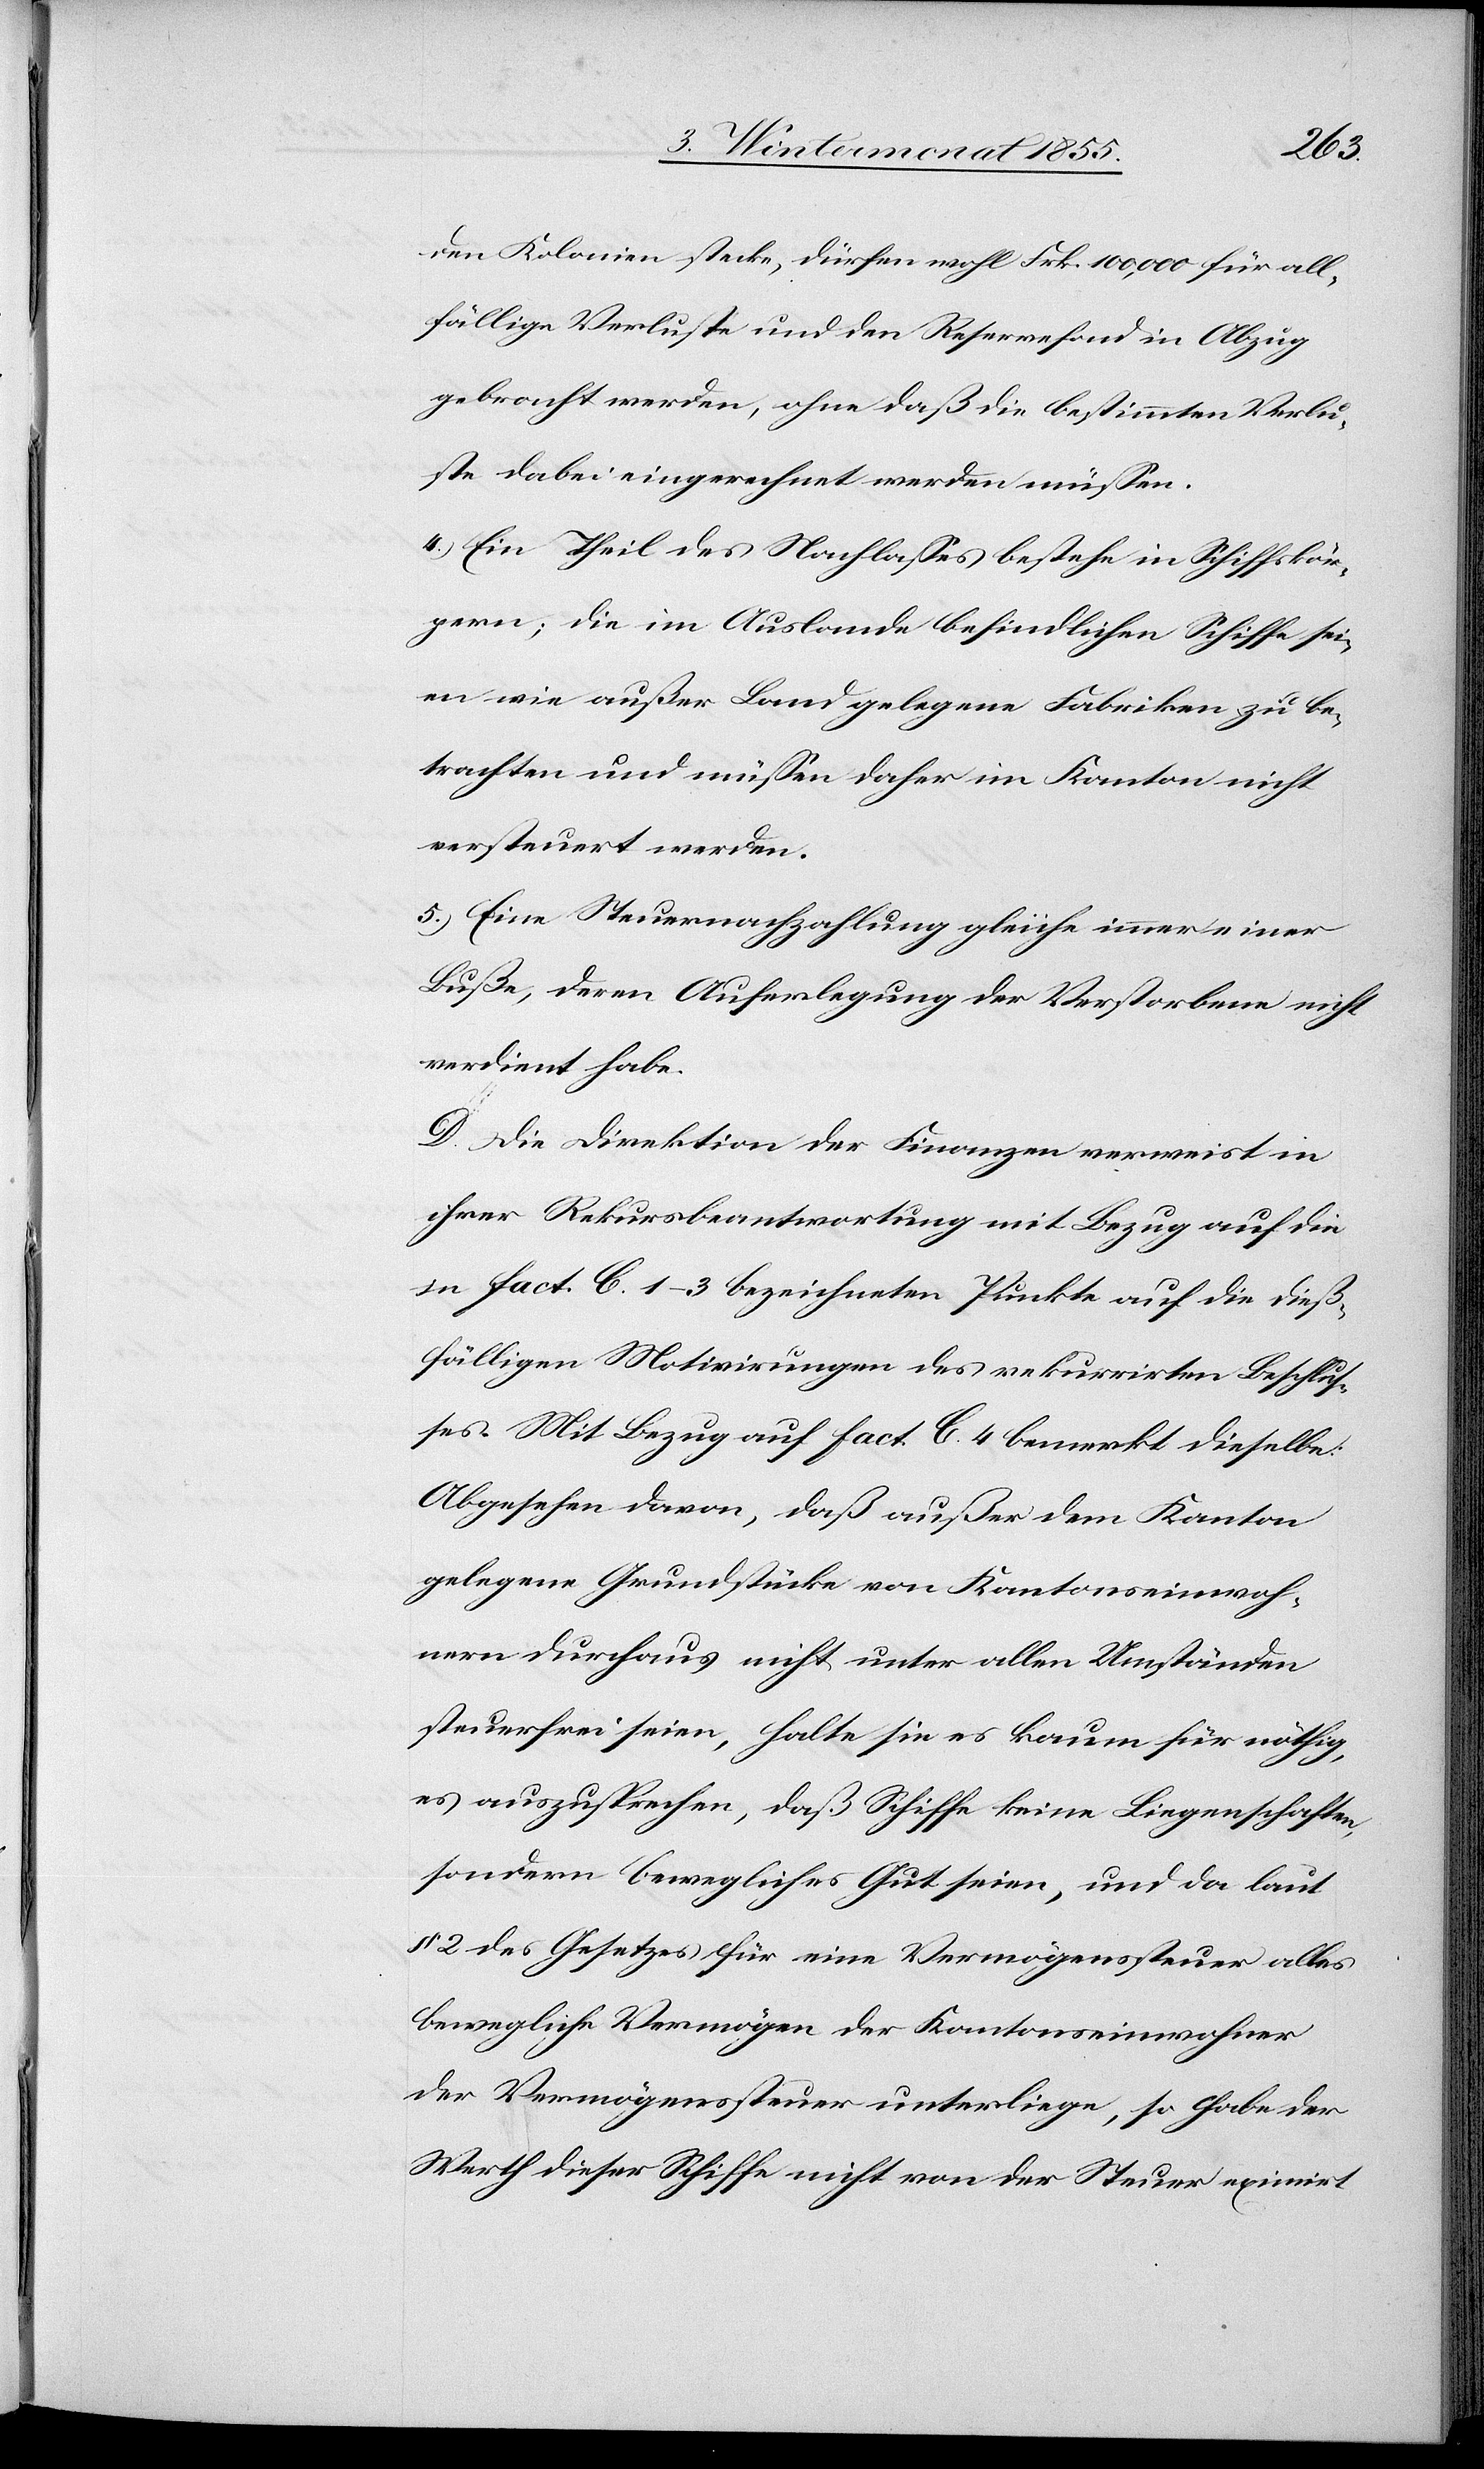
den Kolonien stecke, dürfen wohl Frk. 100,000 für all¬
fällige Verluste und den Reservefond in Abzug
gebracht werden, ohne daß die bestimmten Verlu¬
ste dabei eingerechnet werden müssen.
Ein Theil des Nachlasses bestehe in Schiffskör¬
pern; die im Auslande befindlichen Schiffe sei¬
en wie außer Land gelegene Fabriken zu be¬
trachten und müssen daher im Kanton nicht
versteuert werden.
Eine Steuernachzahlung gleiche immer einer
Buße, deren Auferlegung der Verstorbene nicht
verdient habe.
D. Die Direktion der Finanzen verweist in
ihrer Rekursbeantwortung mit Bezug auf die
in Fact. C. 1–3 bezeichneten Punkte auf die dieß¬
fälligen Motivirungen des rekurrirten Beschlus¬
ses. Mit Bezug auf Fact. C. 4 bemerkt dieselbe:
Abgesehen davon, daß außer dem Kanton
gelegene Grundstücke von Kantonseinwoh¬
nern durchaus nicht unter allen Umständen
steuerfrei seien, halte sie es kaum für nöthig,
es auszusprechen, daß Schiffe keine Liegenschaften,
sondern bewegliches Gut seien, und da laut
§ 2 des Gesetzes für eine Vermögenssteuer alles
bewegliche Vermögen der Kantonseinwohner
der Vermögenssteuer unterliege, so habe der
Werth dieser Schiffe nicht von der Steuer eximirt